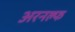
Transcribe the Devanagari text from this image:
अरनल्फ